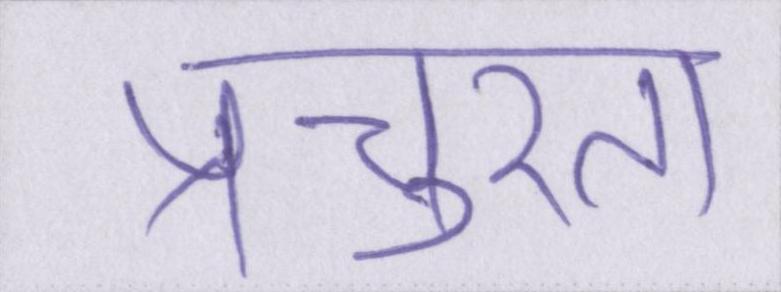
प्रचुरता